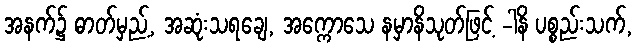
အနက်၌ ဓာတ်မှည့်, အဆုံးသရချေ, အက္ကောသေ နမှာနိသုတ်ဖြင့် -ါနိ ပစ္စည်းသက်,